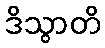
ဒိသွာတိ